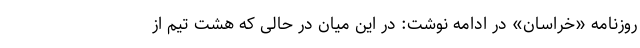
روزنامه «خراسان» در ادامه نوشت: در این میان در حالی که هشت تیم از